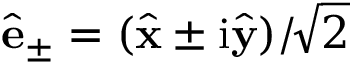
\hat { \mathbf { e } } _ { \pm } = ( \hat { \mathbf { x } } \pm \mathrm { i } \hat { \mathbf { y } } ) / \! \sqrt { 2 }